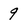
Character: 9